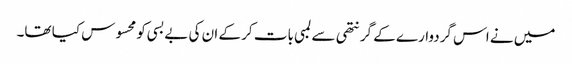
میں نے اس گردوارے کے گرنتھی سے لمبی بات کر کے ان کی بےبسی کو محسوس کیا تھا۔